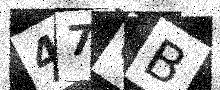
Text: 476B